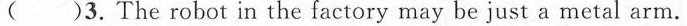
( )3.The robot in the factory may be just a metal arm.